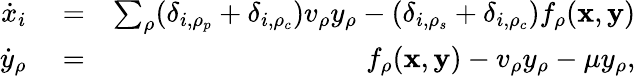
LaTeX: \begin{array}{rlr}{\dot{x}_{i}}&{{}=}&{\sum_{\rho}(\delta_{i,\rho_{p}}+\delta_{i,\rho_{c}})v_{\rho}y_{\rho}-(\delta_{i,\rho_{s}}+\delta_{i,\rho_{c}})f_{\rho}({\mathbf x},{\mathbf y})}\\ {\dot{y}_{\rho}}&{{}=}&{f_{\rho}({\mathbf x},{\mathbf y})-v_{\rho}y_{\rho}-\mu y_{\rho},}\end{array}